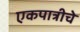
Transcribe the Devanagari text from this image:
एकपात्रीचे